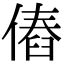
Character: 𠌴